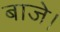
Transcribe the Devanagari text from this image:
बाजे।